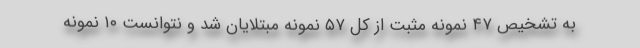
به تشخیص ۴۷ نمونه مثبت از کل ۵۷ نمونه مبتلایان شد و نتوانست ۱۰ نمونه